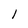
Character: 1